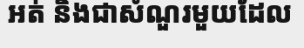
អត់ និងជាសំណួរមួយដែល